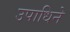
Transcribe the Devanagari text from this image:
उपाधिने